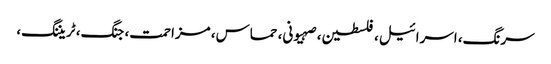
سرنگ، اسرائیل، فلسطین، صہیونی، حماس، مزاحمت، جنگ، ٹریننگ،